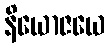
နိယောဇယေ